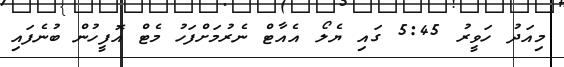
މިއަދު ހަވީރު 5:45 ގައި ޔެލޯ އެއާޓް ނެރުމަށްފަހު މެޓް އޮފީހުން ބުނެފައި